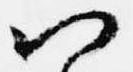
以